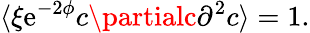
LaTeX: \langle\xi\mathrm{e}^{-2\phi}c\partialc\partial^{2}c\rangle=1.